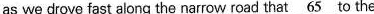
as we drove fast along the narrow road that \underline{65} to